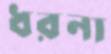
ধরনা